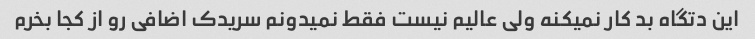
این دتگاه بد کار نمیکنه ولی عالیم نیست فقط نمیدونم سریدک اضافی رو از کجا بخرم